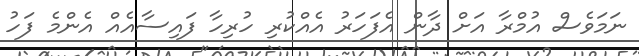
ނަމަވެސް އުމްރާ އަށް ދާން އެފަހަރު އެއްކުރި ހުރިހާ ފައިސާއެއް އެންމެ ފަހު